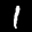
Label: 1